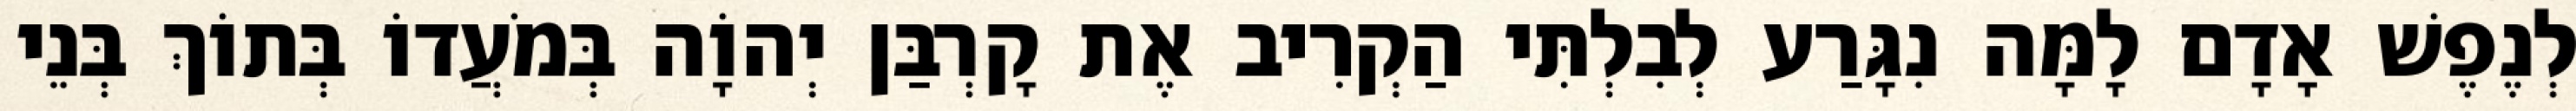
לְנֶפֶשׁ אָדָם לָמָּה נִגָּרַע לְבִלְתִּי הַקְרִיב אֶת קָרְבַּן יְהוָֹה בְּמֹעֲדוֹ בְּתוֹךְ בְּנֵי